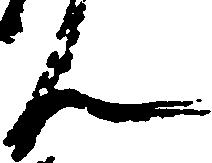
ん